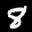
Label: 8